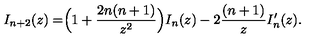
I _ { n + 2 } ( z ) = \Bigr ( 1 + { \frac { 2 n ( n + 1 ) } { z ^ { 2 } } } \Bigr ) I _ { n } ( z ) - 2 { \frac { ( n + 1 ) } { z } } I _ { n } ^ { \prime } ( z ) .